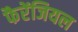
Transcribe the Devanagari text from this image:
फैरेंजियल